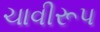
ચાવીરૂપ